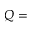
Q =